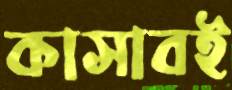
কাসাবই